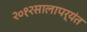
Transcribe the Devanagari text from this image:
२०१२सालापर्यंत